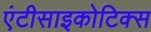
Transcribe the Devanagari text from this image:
एंटीसाइकोटिक्स